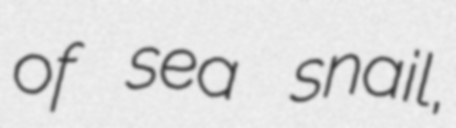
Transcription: of sea snail,